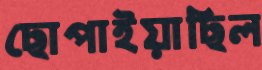
ছোপাইয়াছিল